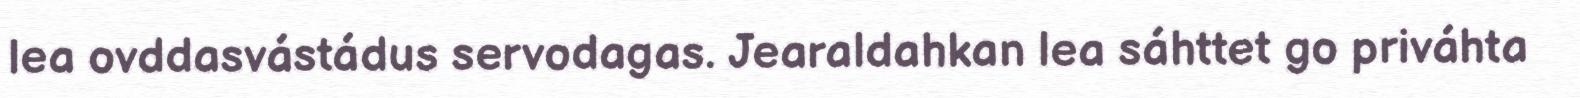
lea ovddasvástádus servodagas. Jearaldahkan lea sáhttet go priváhta